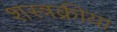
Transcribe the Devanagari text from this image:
शस्त्रक्रीया